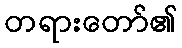
တရားတော်၏